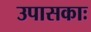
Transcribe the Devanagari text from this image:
उपासकाः